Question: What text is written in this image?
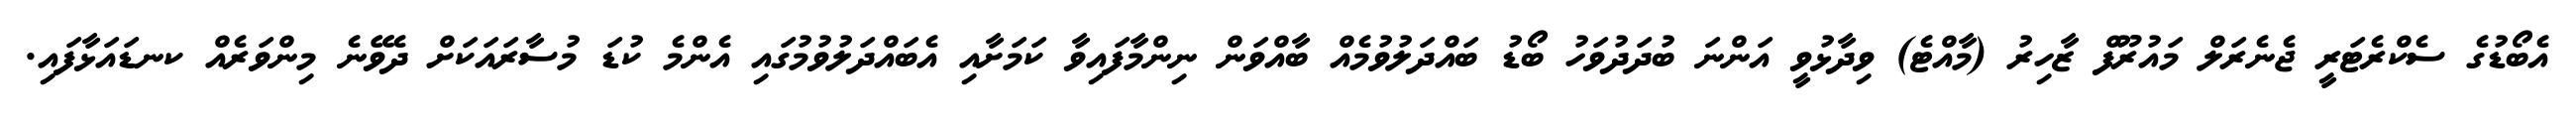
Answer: އެބޯޑުގެ ސެކްރެޓަރީ ޖެނެރަލް މައުރޫފް ޒާހިރު (މާއްޓެ) ވިދާޅުވީ އަންނަ ބުދަދުވަހު ބޯޑު ބައްދަލުވުމެއް ބާއްވަން ނިންމާފައިވާ ކަމަށާއި އެބައްދަލުވުމުގައި އެންމެ ކުޑަ މުސާރައަކަށް ދެވޭނެ މިންވަރެއް ކނޑައަޅާފައި.